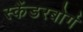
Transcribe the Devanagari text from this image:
स्कैंडरबोर्ग